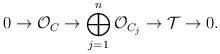
LaTeX: \begin{align*} 0 \rightarrow \mathcal{O}_C \rightarrow \bigoplus_{j=1}^n\mathcal{O}_{C_j} \rightarrow \mathcal{T} \rightarrow 0.\end{align*}